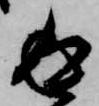
返